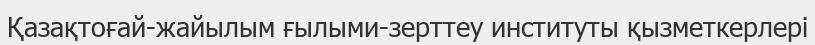
Қазақтоғай-жайылым ғылыми-зерттеу институты қызметкерлері